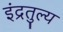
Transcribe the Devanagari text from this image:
इंद्रतुल्य